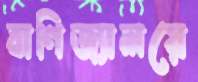
বাণিজ্যালয়ে